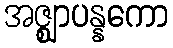
အဇ္ဈာပန္နကော